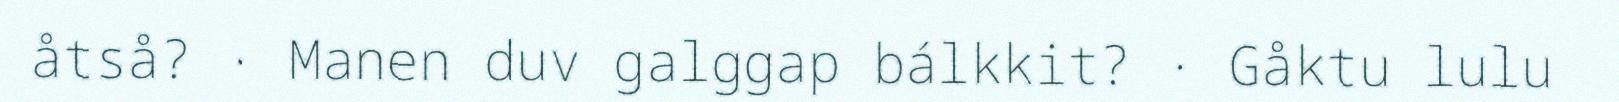
åtså? · Manen duv galggap bálkkit? · Gåktu lulu